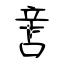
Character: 咅